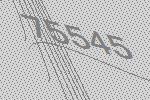
75545